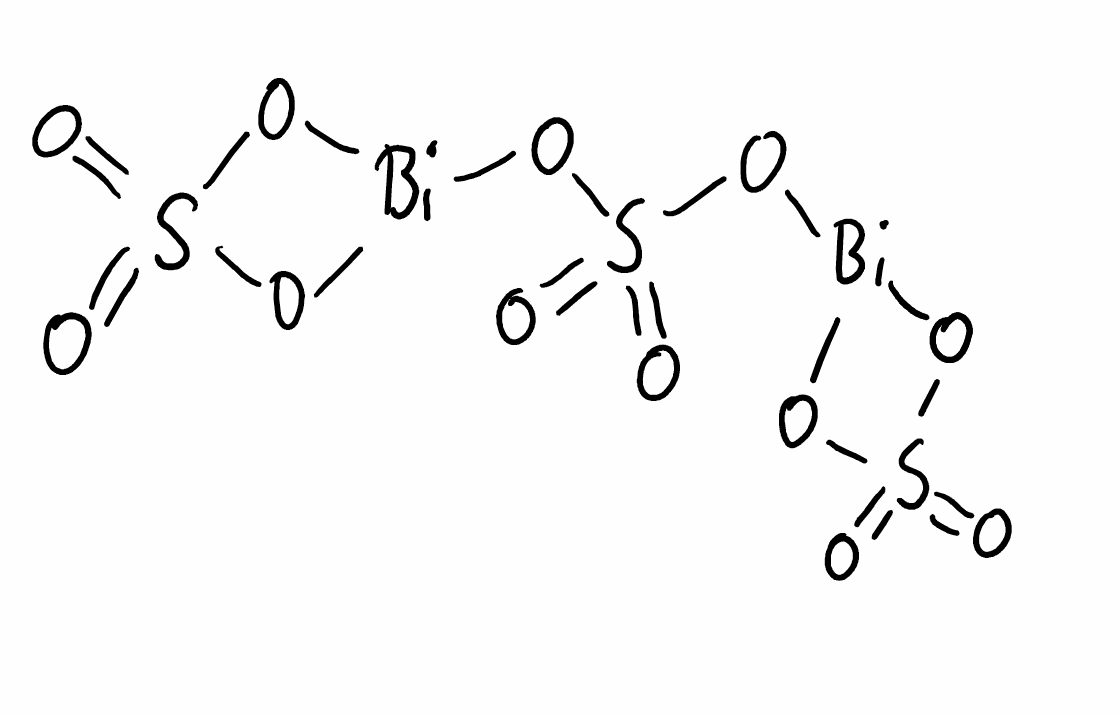
Simplified molecular-input line-entry system (SMILES) notation of the given molecule:
O=S1(=O)O[Bi](O1)OS(=O)(=O)O[Bi]2OS(=O)(=O)O2